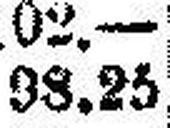
98.25